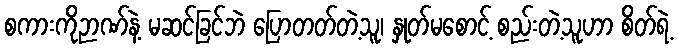
စကားကိုဉာဏ်နဲ့ မဆင်ခြင်ဘဲ ပြောတတ်တဲ့သူ၊ နှုတ်မစောင့် စည်းတဲ့သူဟာ စိတ်ရဲ့